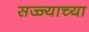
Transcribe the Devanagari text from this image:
सज्ज्याच्या